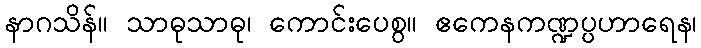
နာဂသိန်။ သာဓုသာဓု၊ ကောင်းပေစွ။ ဧကေနကဏ္ဍပ္ပဟာရေန၊